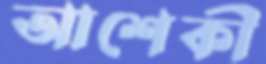
আশেকী